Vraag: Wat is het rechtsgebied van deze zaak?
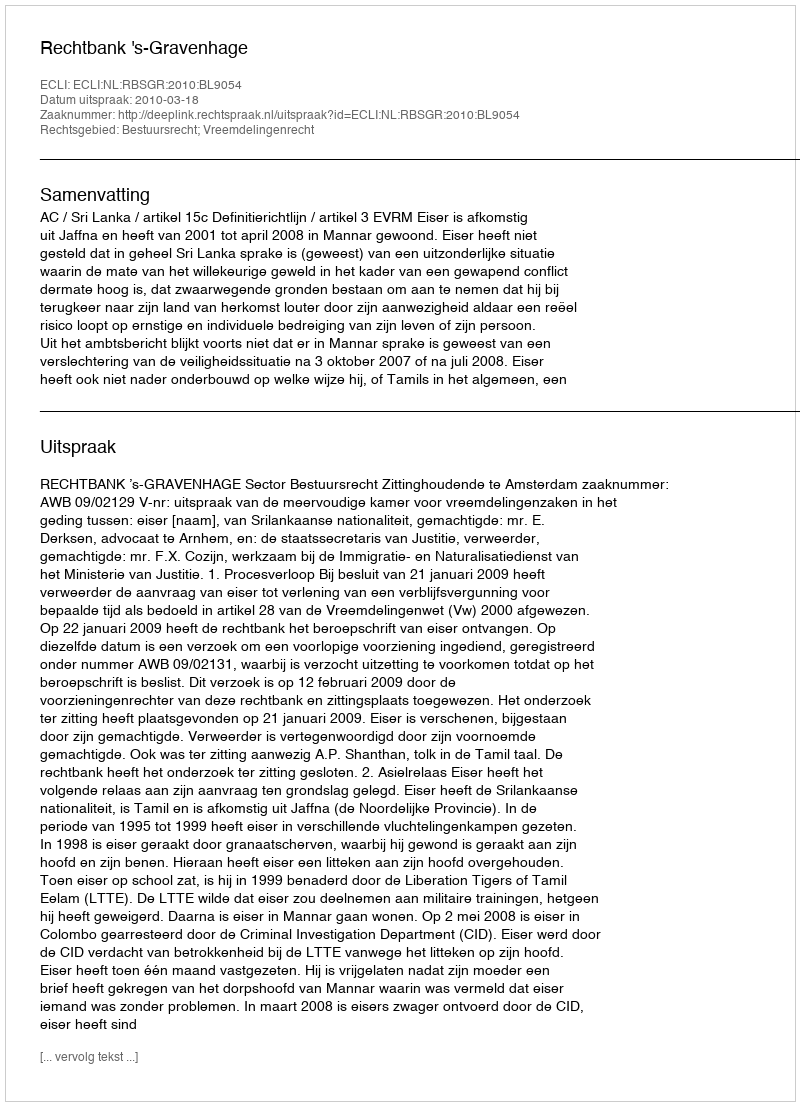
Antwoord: Bestuursrecht; Vreemdelingenrecht